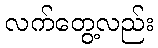
လက်တွေ့လည်း